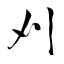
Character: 刈